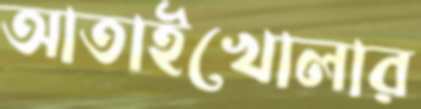
আতাইখোলার